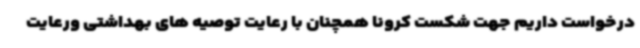
درخواست داریم جهت شکست کرونا همچنان با رعایت توصیه های بهداشتی ورعایت